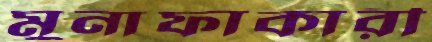
মুনাফাকারী